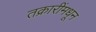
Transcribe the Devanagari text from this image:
तक्रारींमधून